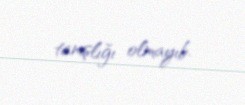
tanışlığı olmayıb.